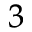
^ 3